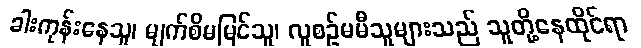
ခါးကုန်းနေသူ၊ မျက်စိမမြင်သူ၊ လူစဉ်မမီသူများသည် သူတို့နေထိုင်ရာ